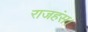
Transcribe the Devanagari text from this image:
राजहंस।